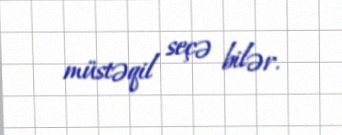
müstəqil seçə bilər.